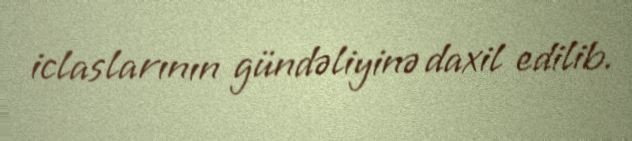
iclaslarının gündəliyinə daxil edilib.